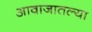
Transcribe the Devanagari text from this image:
आवाजातल्या